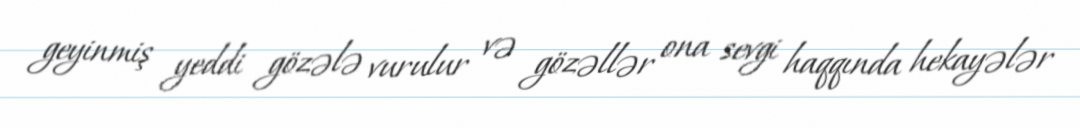
geyinmiş yeddi gözələ vurulur və gözəllər ona sevgi haqqında hekayələr